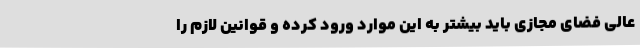
عالی فضای مجازی باید بیشتر به این موارد ورود کرده و قوانین لازم را